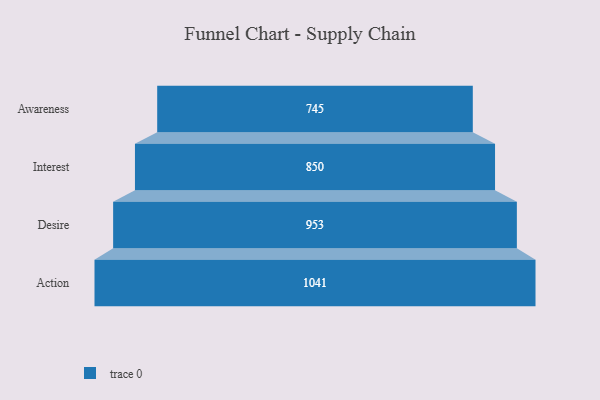
{"axis": {"x": "Stage", "y": "Value"}, "legend": [""], "data": [{"x": "Awareness", "y": 745.0, "type": ""}, {"x": "Interest", "y": 850.0, "type": ""}, {"x": "Desire", "y": 953.0, "type": ""}, {"x": "Action", "y": 1041.0, "type": ""}]}